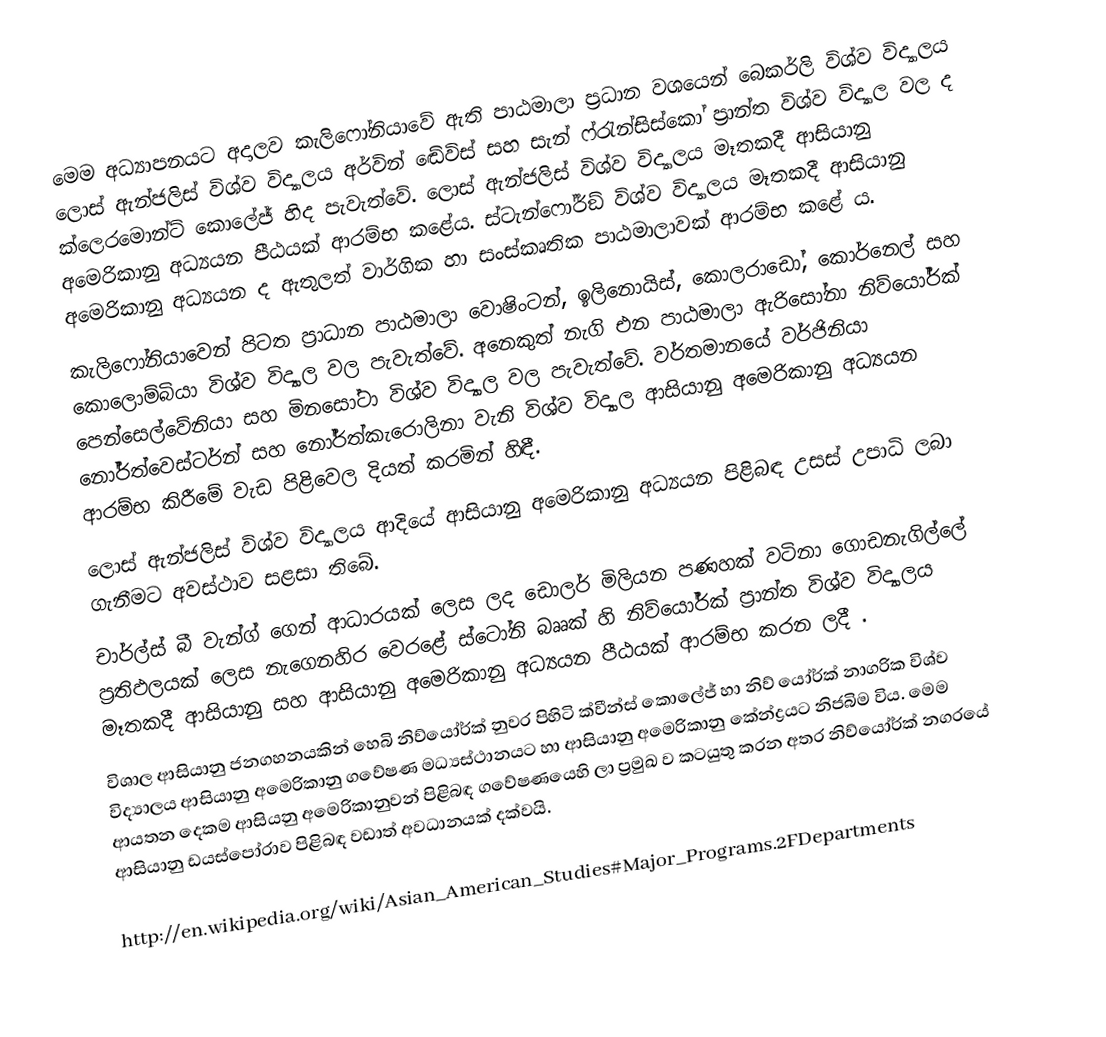
මෙම අධ්‍යාපනයට  අදාලව කැලිෆෝනියාවේ ඇති පාඨමාලා ප්‍රධාන වශයෙන් බෙකර්ලි විශ්ව විද්‍යාලය ලොස් ඇන්ජලිස් විශ්ව විද්‍යාලය අර්වින් ඬේවිස් සහ සැන් ෆ්රැන්සිස්කෝ ප්‍රාන්ත විශ්ව විද්‍යාල වල ද ක්ලෙරමොන්ට් කොලේජ් හිද පැවැත්වේ. ලොස් ඇන්ජලිස් විශ්ව විද්‍යාලය මෑතකදී ආසියානු අමෙරිකානු අධ්‍යයන පීඨයක් ආරම්භ කළේය. ස්ටැන්ෆෝර්ඞ් විශ්ව විද්‍යාලය මෑතකදී ආසියානු අමෙරිකානු අධ්‍යයන ද ඇතුලත් වාර්ගික හා සංස්කෘතික පාඨමාලාවක් ආරම්භ කළේ ය.
කැලිෆෝනියාවෙන් පිටත ප්‍රාධාන පාඨමාලා වොෂිංටන්, ඉලිනොයිස්, කොලරාඩෝ, කොර්නෙල් සහ කොලොම්බියා විශ්ව විද්‍යාල වල පැවැත්වේ. අනෙකුත් නැගි එන පාඨමාලා ඇරිසෝනා නිව්යෝර්ක් පෙන්සෙල්වේනියා සහ මිනසෝටා විශ්ව විද්‍යාල වල පැවැත්වේ. වර්තමානයේ වර්ජිනියා නෝර්ත්වෙස්ටර්න් සහ නෝර්ත්කැරොලිනා වැනි විශ්ව විද්‍යාල ආසියානු අමෙරිකානු අධ්‍යයන ආරම්භ කිරීමේ වැඩ පිළිවෙල දියත් කරමින් හිඳී.
ලොස් ඇන්ජලිස් විශ්ව විද්‍යාලය ආදියේ ආසියානු අමෙරිකානු අධ්‍යයන පිළිබඳ උසස් උපාධි ලබා ගැනීමට අවස්ථාව සළසා තිබේ.
චාර්ල්ස් බී වැන්ග් ගෙන් ආධාරයක් ලෙස ලද ඩොලර් මිලියන පණහක් වටිනා ගොඩනැගිල්ලේ ප්‍රතිඵලයක් ලෙස නැගෙනහිර වෙරළේ ස්ටෝනි බෲක් හි නිව්යෝර්ක් ප්‍රාන්ත විශ්ව විද්‍යාලය මෑතකදී ආසියානු සහ ආසියානු අමෙරිකානු අධ්‍යයන පීඨයක් ආරම්භ කරන ලදී .
විශාල ආසියානු ජනගහනයකින් හෙබි නිව්යෝර්ක් නුවර පිහිටි ක්වීන්ස් කොලේජ් හා නිව් යෝර්ක් නාගරික විශ්ව විද්‍යාලය ආසියානු අමෙරිකානු ගවේෂණ මධ්‍යස්ථානයට හා ආසියානු අමෙරිකානු කේන්ද්‍රයට නිජබිම විය. මෙම ආයතන දෙකම ආසියනු අමෙරිකානුවන් පිළිබඳ ගවේෂණයෙහි ලා ප්‍රමුඛ ව කටයුතු කරන අතර නිව්යෝර්ක් නගරයේ ආසියානු ඩයස්පෝරාව පිළිබඳ වඩාත් අවධානයක් දක්වයි.

http://en.wikipedia.org/wiki/Asian_American_Studies#Major_Programs.2FDepartments